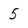
Character: 5